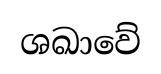
ශඛාවේ